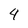
Character: 4